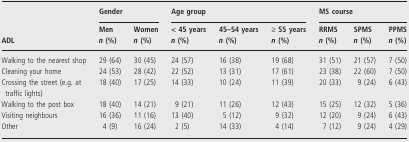
<table><thead><tr><td rowspan="3"><b>ADL</b></td><td colspan="2"><b>Gender</b></td><td colspan="3"><b>Age group</b></td><td colspan="3"><b>MS course</b></td></tr><tr><td><b>Men <i>n</i> (%)</b></td><td><b>Women <i>n</i> (%)</b></td><td><b>&lt; 45 years <i>n</i> (%)</b></td><td><b>45–54 years <i>n</i> (%)</b></td><td><b>≥ 55 years <i>n</i> (%)</b></td><td><b>RRMS <i>n</i> (%)</b></td><td><b>SPMS <i>n</i> (%)</b></td><td><b>PPMS <i>n</i> (%)</b></td></tr></thead><tbody><tr><td>Walking to the nearest shop</td><td>29 (64)</td><td>30 (45)</td><td>24 (57)</td><td>16 (38)</td><td>19 (68)</td><td>31 (51)</td><td>21 (57)</td><td>7 (50)</td></tr><tr><td>Cleaning your home</td><td>24 (53)</td><td>28 (42)</td><td>22 (52)</td><td>13 (31)</td><td>17 (61)</td><td>23 (38)</td><td>22 (60)</td><td>7 (50)</td></tr><tr><td>Crossing the street (e.g. at traffic lights)</td><td>18 (40)</td><td>17 (25)</td><td>14 (33)</td><td>10 (24)</td><td>11 (39)</td><td>20 (33)</td><td>9 (24)</td><td>6 (43)</td></tr><tr><td>Walking to the post box</td><td>18 (40)</td><td>14 (21)</td><td>9 (21)</td><td>11 (26)</td><td>12 (43)</td><td>15 (25)</td><td>12 (32)</td><td>5 (36)</td></tr><tr><td>Visiting neighbours</td><td>16 (36)</td><td>11 (16)</td><td>13 (40)</td><td>5 (12)</td><td>9 (32)</td><td>12 (20)</td><td>9 (24)</td><td>6 (43)</td></tr><tr><td>Other</td><td>4 (9)</td><td>16 (24)</td><td>2 (5)</td><td>14 (33)</td><td>4 (14)</td><td>7 (12)</td><td>9 (24)</td><td>4 (29)</td></tr></tbody></table>